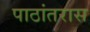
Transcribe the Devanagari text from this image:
पाठांतरास